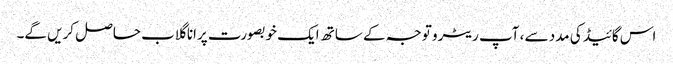
اس گائیڈ کی مدد سے ، آپ ریٹرو توجہ کے ساتھ ایک خوبصورت پرانا گلاب حاصل کریں گے۔